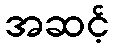
အဆင့်